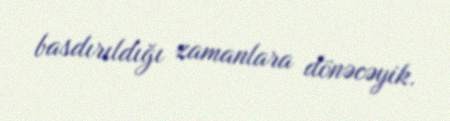
basdırıldığı zamanlara dönəcəyik.